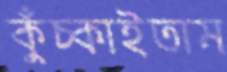
কুঁচ্‌কাইতাম